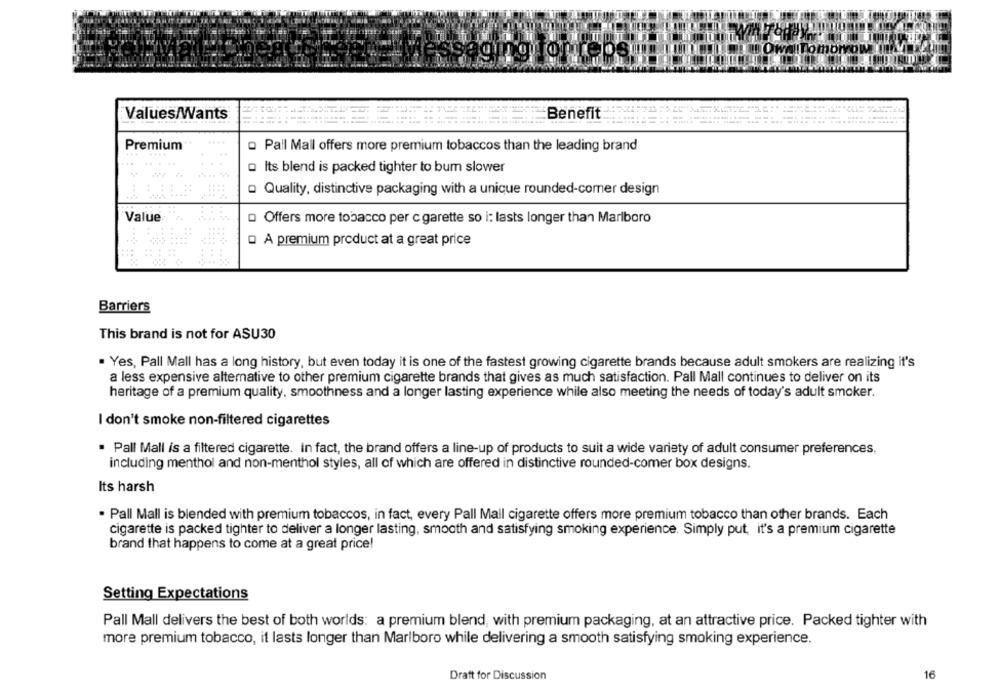
sseging for
Tomorrow
Values/Wants
Benefit
Premium
Pall Mall offers more premium tobaccos than the leading brand
......
Its blend is packed tighter to bum slower
o Quality, distinctive packaging with a unique rounded-comer design
Value
Offers more tobacco per c garette so i: lasts longer than Marlboro
Q A premium product at a great price
++
Barriers
This brand is not for ASU30
. Yes, Pall Mall has a long history, but even today it is one of the fastest growing cigarette brands because adult smokers are realizing it's
a less expensive alternative to other premium cigarette brands that gives as much satisfaction. Pall Mall continues to deliver on its
heritage of a premium quality, smoothness and a longer lasting experience while also meeting the needs of today's adult smoker.
I don't smoke non-filtered cigarettes
· Pall Mall is a filtered cigarette. In fact, the brand offers a line-up of products to suit a wide variety of adult consumer preferences.
including menthol and non-menthol styles, all of which are offered in distinctive rounded-comer box designs.
Its harsh
. Pall Mall is blended with premium tobaccos, in fact, every Pall Mall cigarette offers more premium tobacco than other brands. Each
cigarette is packed tighter to deliver a longer lasting, smooth and satisfying smoking experience. Simply put, it's a premium cigarette
brand that happens to come at a great price!
Setting Expectations
Pall Mall delivers the best of both worlds: a premium blend, with premium packaging, at an attractive price. Packed tighter with
more premium tobacco, it lasts longer than Marlboro while delivering a smooth satisfying smoking experience.
Draft for Discussion
16